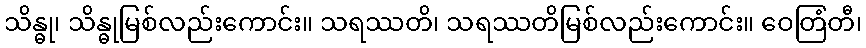
သိန္ဓု၊ သိန္ဓုမြစ်လည်းကောင်း။ သရဿတိ၊ သရဿတိမြစ်လည်းကောင်း။ ဝေတြံတီ၊